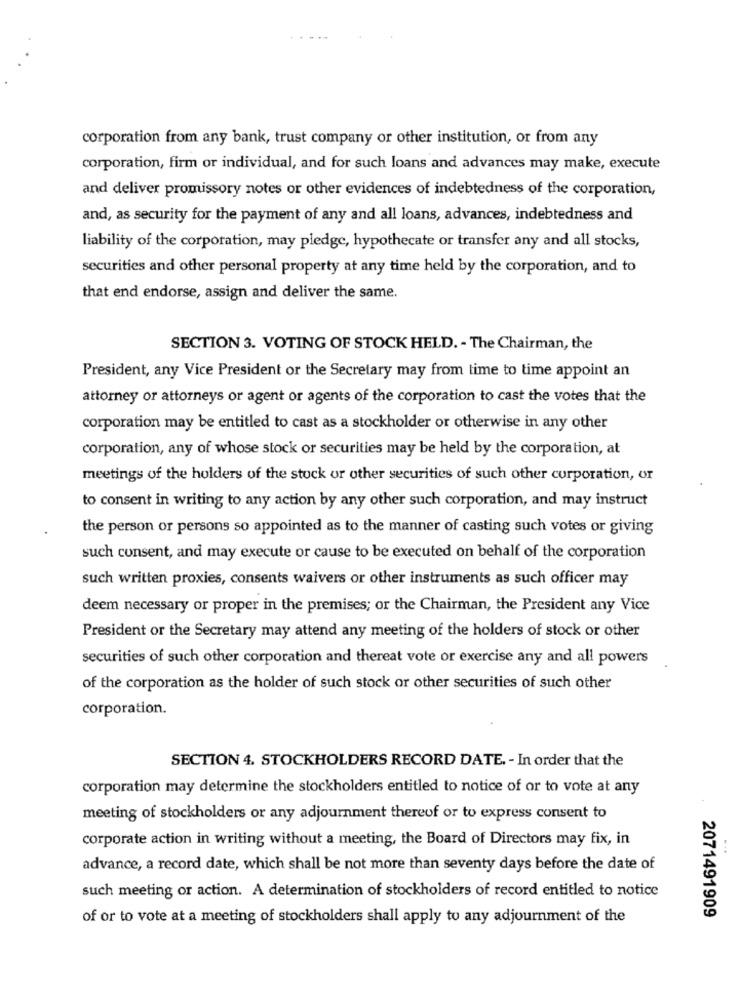
corporation from any bank, trust company or other institution, or from any
corporation, firm or individual, and for such loans and advances may make, execute
and deliver promissory notes or other evidences of indebtedness of the corporation,
and, as security for the payment of any and all loans, advances, indebtedness and
liability of the corporation, may pledge, hypothecate or transfer any and all stocks,
securities and other personal property at any time held by the corporation, and to
that end endorse, assign and deliver the same.
SECTION 3. VOTING OF STOCK HELD. - The Chairman, the
President, any Vice President or the Secretary may from time to time appoint an
attorney or attorneys or agent or agents of the corporation to cast the votes that the
corporation may be entitled to cast as a stockholder or otherwise in any other
corporation, any of whose stock or securities may be held by the corporation, at
meetings of the holders of the stock or other securities of such other corporation, or
to consent in writing to any action by any other such corporation, and may instruct
the person or persons so appointed as to the manner of casting such votes or giving
such consent, and may execute or cause to be executed on behalf of the corporation
such written proxies, consents waivers or other instruments as such officer may
deem necessary or proper in the premises; or the Chairman, the President any Vice
President or the Secretary may attend any meeting of the holders of stock or other
securities of such other corporation and thereat vote or exercise any and all powers
of the corporation as the holder of such stock or other securities of such other
corporation.
SECTION 4. STOCKHOLDERS RECORD DATE. - In order that the
corporation may determine the stockholders entitled to notice of or to vote at any
meeting of stockholders or any adjournment thereof or to express consent to
corporate action in writing without a meeting, the Board of Directors may fix, in
advance, a record date, which shall be not more than seventy days before the date of
such meeting or action. A determination of stockholders of record entitled to notice
of or to vote at a meeting of stockholders shall apply to any adjournment of the
2071491909